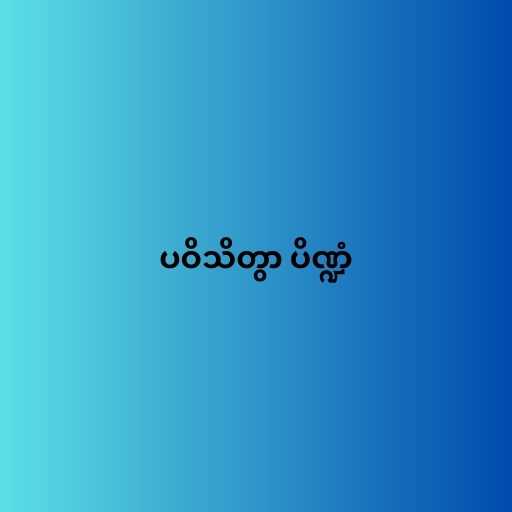
ပဝိသိတွာ ပိဏ္ဍံ